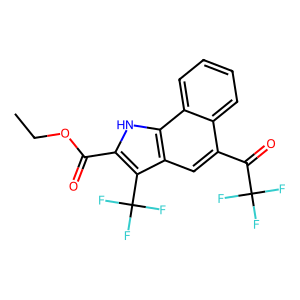
SMILES: CCOC(=O)c1[nH]c2c(cc(C(=O)C(F)(F)F)c3ccccc32)c1C(F)(F)F
Inhibits HIV replication: No